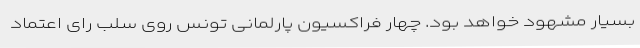
بسیار مشهود خواهد بود. چهار فراکسیون پارلمانی تونس روی سلب رای اعتماد